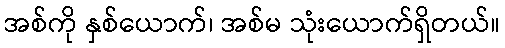
အစ်ကို နှစ်ယောက်၊ အစ်မ သုံးယောက်ရှိတယ်။